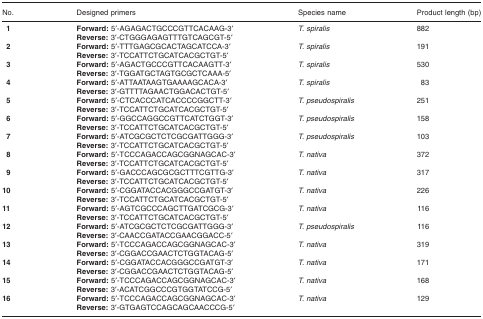
<table><thead><tr><td><b>No.</b></td><td><b>Designed primers</b></td><td><b>Species name</b></td><td><b>Product length (bp)</b></td></tr></thead><tbody><tr><td> <b>1</b></td><td><b>Forward:</b> 5′‐AGAGACTGCCCGTTCACAAG‐3′<b>Reverse:</b> 3′‐CTGGGAGAGTTTGTCAGCGT‐5′</td><td><i>T. spiralis</i></td><td>882</td></tr><tr><td> <b>2</b></td><td><b>Forward:</b> 5′‐TTTGAGCGCACTAGCATCCA‐3′<b>Reverse:</b> 3′‐TCCATTCTGCATCACGCTGT‐5′</td><td><i>T. spiralis</i></td><td>191</td></tr><tr><td> <b>3</b></td><td><b>Forward:</b> 5′‐AGACTGCCCGTTCACAAGTT‐3′<b>Reverse:</b> 3′‐TGGATGCTAGTGCGCTCAAA‐5′</td><td><i>T. spiralis</i></td><td>530</td></tr><tr><td> <b>4</b></td><td><b>Forward:</b> 5′‐ATTAATAAGTGAAAAGCACA‐3′<b>Reverse:</b> 3′‐GTTTTAGAACTGGACACTGT‐5′</td><td><i>T. spiralis</i></td><td>83</td></tr><tr><td> <b>5</b></td><td><b>Forward:</b> 5′‐CTCACCCATCACCCCGGCTT‐3′<b>Reverse:</b> 3′‐TCCATTCTGCATCACGCTGT‐5′</td><td><i>T. pseudospiralis</i></td><td>251</td></tr><tr><td> <b>6</b></td><td><b>Forward:</b> 5′‐GGCCAGGCCGTTCATCTGGT‐3′<b>Reverse:</b> 3′‐TCCATTCTGCATCACGCTGT‐5′</td><td><i>T. pseudospiralis</i></td><td>158</td></tr><tr><td> <b>7</b></td><td><b>Forward:</b> 5′‐ATCGCGCTCTCGCGATTGGG‐3′<b>Reverse:</b> 3′‐TCCATTCTGCATCACGCTGT‐5′</td><td><i>T. pseudospiralis</i></td><td>103</td></tr><tr><td> <b>8</b></td><td><b>Forward:</b> 5′‐TCCCAGACCAGCGGNAGCAC‐3′<b>Reverse:</b> 3′‐TCCATTCTGCATCACGCTGT‐5′</td><td><i>T. nativa</i></td><td>372</td></tr><tr><td> <b>9</b></td><td><b>Forward:</b> 5′‐GACCCAGCGCGCTTTCGTTG‐3′<b>Reverse:</b> 3′‐TCCATTCTGCATCACGCTGT‐5′</td><td><i>T. nativa</i></td><td>317</td></tr><tr><td><b>10</b></td><td><b>Forward:</b> 5′‐CGGATACCACGGGCCGATGT‐3′<b>Reverse:</b> 3′‐TCCATTCTGCATCACGCTGT‐5′</td><td><i>T. nativa</i></td><td>226</td></tr><tr><td><b>11</b></td><td><b>Forward:</b> 5′‐AGTCGCCCAGCTTGATCGCG‐3′<b>Reverse:</b> 3′‐TCCATTCTGCATCACGCTGT‐5′</td><td><i>T. nativa</i></td><td>116</td></tr><tr><td><b>12</b></td><td><b>Forward:</b> 5′‐ATCGCGCTCTCGCGATTGGG‐3′<b>Reverse:</b> 3′‐CAACCGATACCGAACGGACC‐5′</td><td><i>T. pseudospiralis</i></td><td>116</td></tr><tr><td><b>13</b></td><td><b>Forward:</b> 5′‐TCCCAGACCAGCGGNAGCAC‐3′<b>Reverse:</b> 3′‐CGGACCGAACTCTGGTACAG‐5′</td><td><i>T. nativa</i></td><td>319</td></tr><tr><td><b>14</b></td><td><b>Forward:</b> 5′‐CGGATACCACGGGCCGATGT‐3′<b>Reverse:</b> 3′‐CGGACCGAACTCTGGTACAG‐5′</td><td><i>T. nativa</i></td><td>171</td></tr><tr><td><b>15</b></td><td><b>Forward:</b> 5′‐TCCCAGACCAGCGGNAGCAC‐3′<b>Reverse:</b> 3′‐ACATCGGCCCGTGGTATCCG‐5′</td><td><i>T. nativa</i></td><td>168</td></tr><tr><td><b>16</b></td><td><b>Forward:</b> 5′‐TCCCAGACCAGCGGNAGCAC‐3′<b>Reverse:</b> 3′‐GTGAGTCCAGCAGCAACCCG‐5′</td><td><i>T. nativa</i></td><td>129</td></tr></tbody></table>